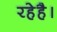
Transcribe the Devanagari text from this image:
रहेहै।